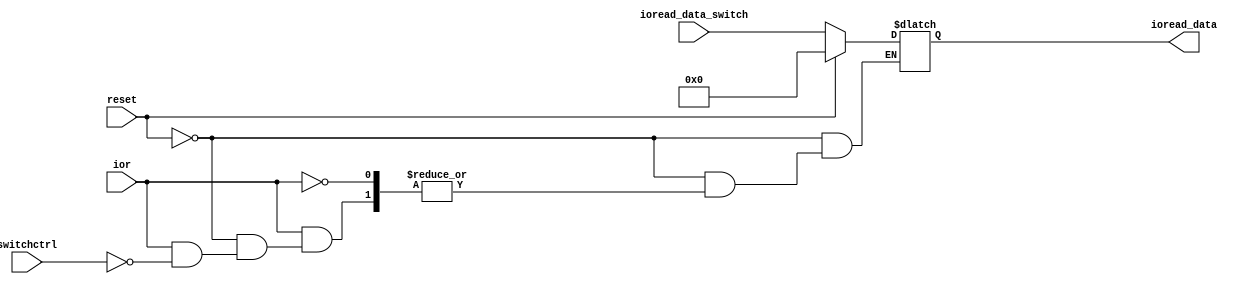
`timescale 1ns / 1ps
//////////////////////////////////////////////////////////////////////////////////

module ioread(reset,ior,switchctrl,ioread_data,ioread_data_switch);
    input reset;			            //  
    input ior;                          //  I/O
    input switchctrl;		           //  memorio
    input[15:0] ioread_data_switch;  //
    output[15:0] ioread_data;	// memorio
    
    reg[15:0] ioread_data;
    
    always @* begin
        if(reset == 1)
            ioread_data = 16'b0000000000000000;
        else if(ior == 1) begin
            if(switchctrl == 1)
                ioread_data = ioread_data_switch;
            else   ioread_data = ioread_data;
        end
    end
endmodule